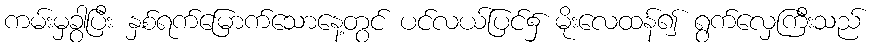
ကမ်းမှခွာပြီး နှစ်ရက်မြောက်သောနေ့တွင် ပင်လယ်ပြင်၌ မိုးလေထန်၍ ရွက်လှေကြီးသည်